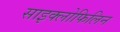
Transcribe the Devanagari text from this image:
साइक्लोफिलिन